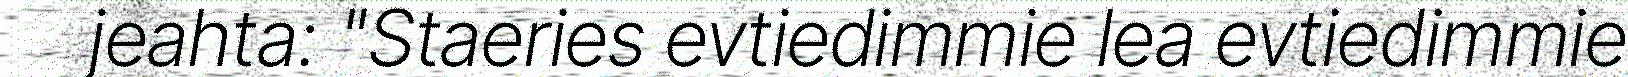
jeahta: "Staeries evtiedimmie lea evtiedimmie